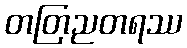
တတြညတရဿ